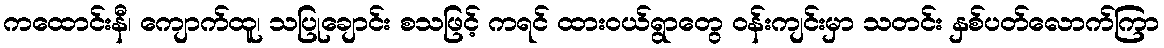
ကထောင်းနီ၊ ကျောက်ထူ၊ သပြုချောင်း စသဖြင့် ကရင် ထားဝယ်ရွာတွေ ဝန်းကျင်းမှာ သတင်း နှစ်ပတ်လောက်ကြာ